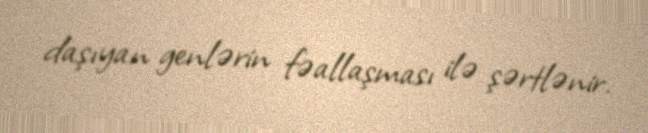
daşıyan genlərin fəallaşması ilə şərtlənir.